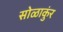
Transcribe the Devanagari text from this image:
सोळाकुंर